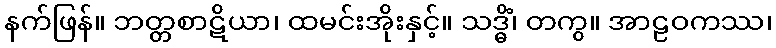
နက်ဖြန်။ ဘတ္တစာဋိယာ၊ ထမင်းအိုးနှင့်။ သဒ္ဓိံ၊ တကွ။ အာဠဝကဿ၊